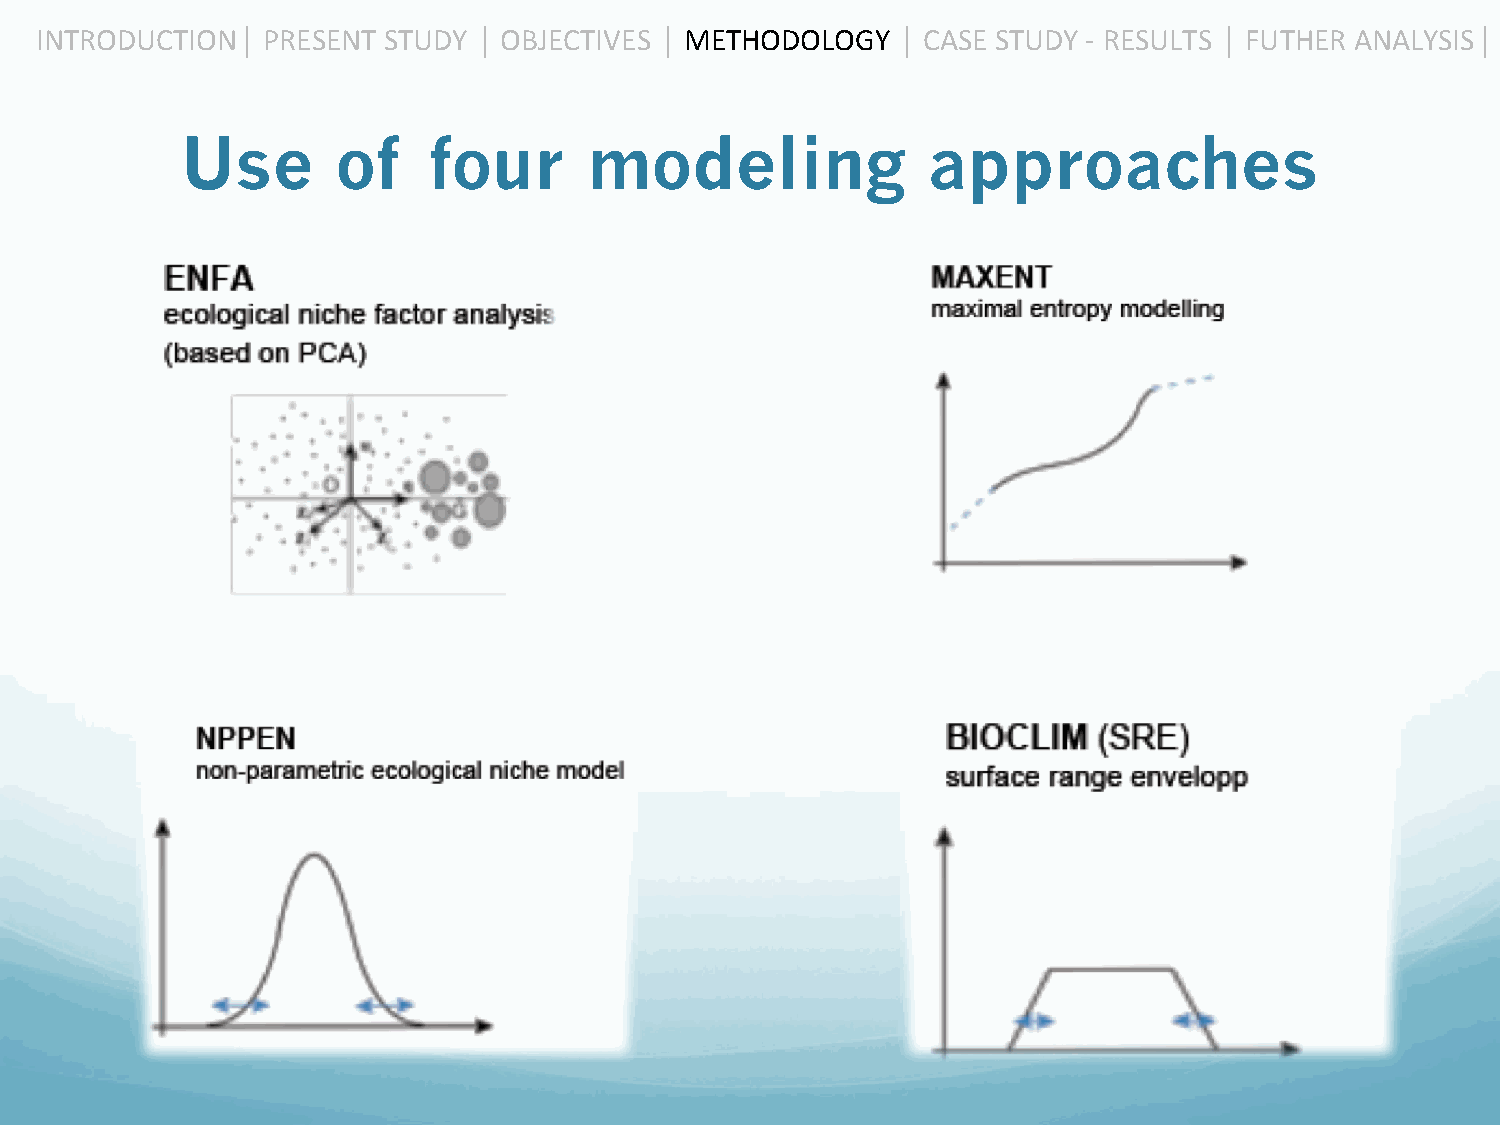
INTRODUCTION  ⎜ PRESENT STUDY ⎜ OBJECTIVES ⎜ METHODOLOGY ⎜ CASE STUDY -­‐ RESULTS ⎜ FUTHER ANALYSIS ⎜
 Use       of    four       modeling              approaches